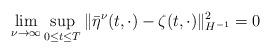
LaTeX: \begin{align*}\lim_{\nu \to \infty} \sup_{0 \leq t \leq T} \| \bar{\eta}^{\nu} (t, \cdot) - \zeta(t, \cdot) \|_{H^{-1}}^2 = 0\end{align*}